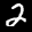
Label: 2